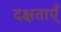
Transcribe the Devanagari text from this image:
दक्षताएँ